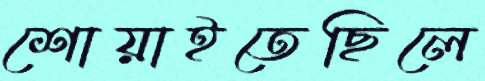
শোয়াইতেছিলে